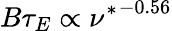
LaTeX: B\tau_{E}\propto{\nu^{*}}^{-0.56}